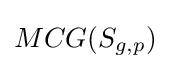
MCG(S_{g,p})